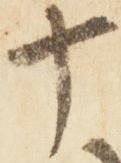
十